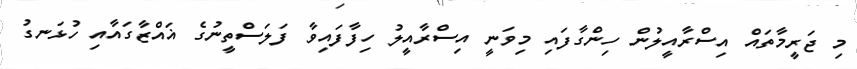
މި ޖަރީމާތައް އިސްރާއީލުން ހިންގާފައި މިވަނީ އިސްރާއީލު ހިފާފައިވާ ފަލަސްތީނުގެ ޣައްޒާގައާއި ހުޅަނގު